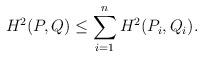
LaTeX: \begin{align*} H ^2(P,Q)\leq \sum_{i=1}^nH^2(P_i,Q_i). \end{align*}